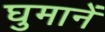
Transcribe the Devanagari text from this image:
घुमानें